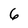
Character: 6